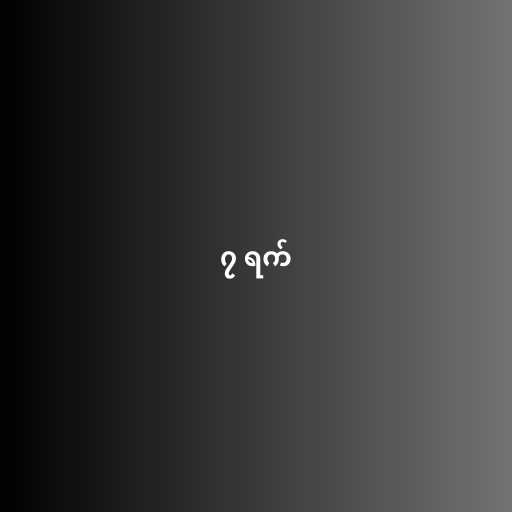
၇ ရက်